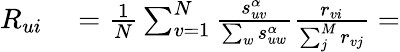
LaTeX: \begin{array}{rl}{R_{ui}}&{{}=\frac{1}{N}\sum_{v=1}^{N}\frac{s_{uv}^{\alpha}}{\sum_{w}s_{uw}^{\alpha}}\frac{r_{vi}}{\sum_{j}^{M}r_{vj}}=}\end{array}